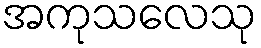
အကုသလေသု